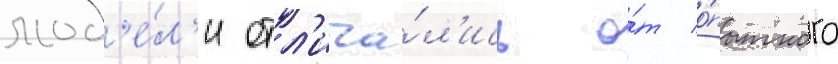
мод'е́л'и отл'ича́л'ись о́т о́пытного